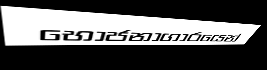
භොජනාගාරයෙන්